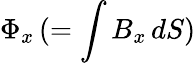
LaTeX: \Phi_{x}\, (=\int B_{x}\, dS)